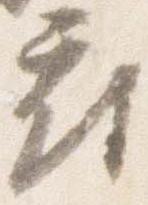
府